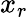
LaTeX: x_{r}